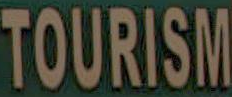
TOURISM